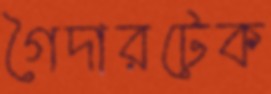
গৈদারটেক